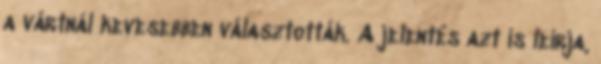
a vártnál kevesebben választották. A jelentés azt is leírja,